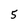
Character: 5